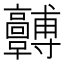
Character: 𩫯